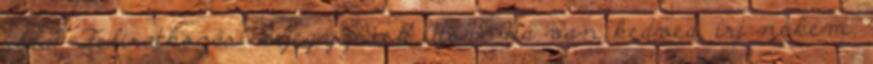
róla? Feliratkozás: Bejegyzések Atom Ha van kedved, írj nekem: